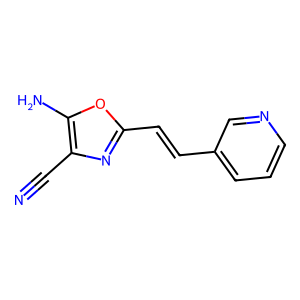
SMILES: N#Cc1nc(C=Cc2cccnc2)oc1N
Inhibits HIV replication: No